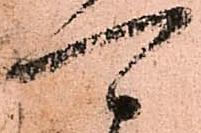
可